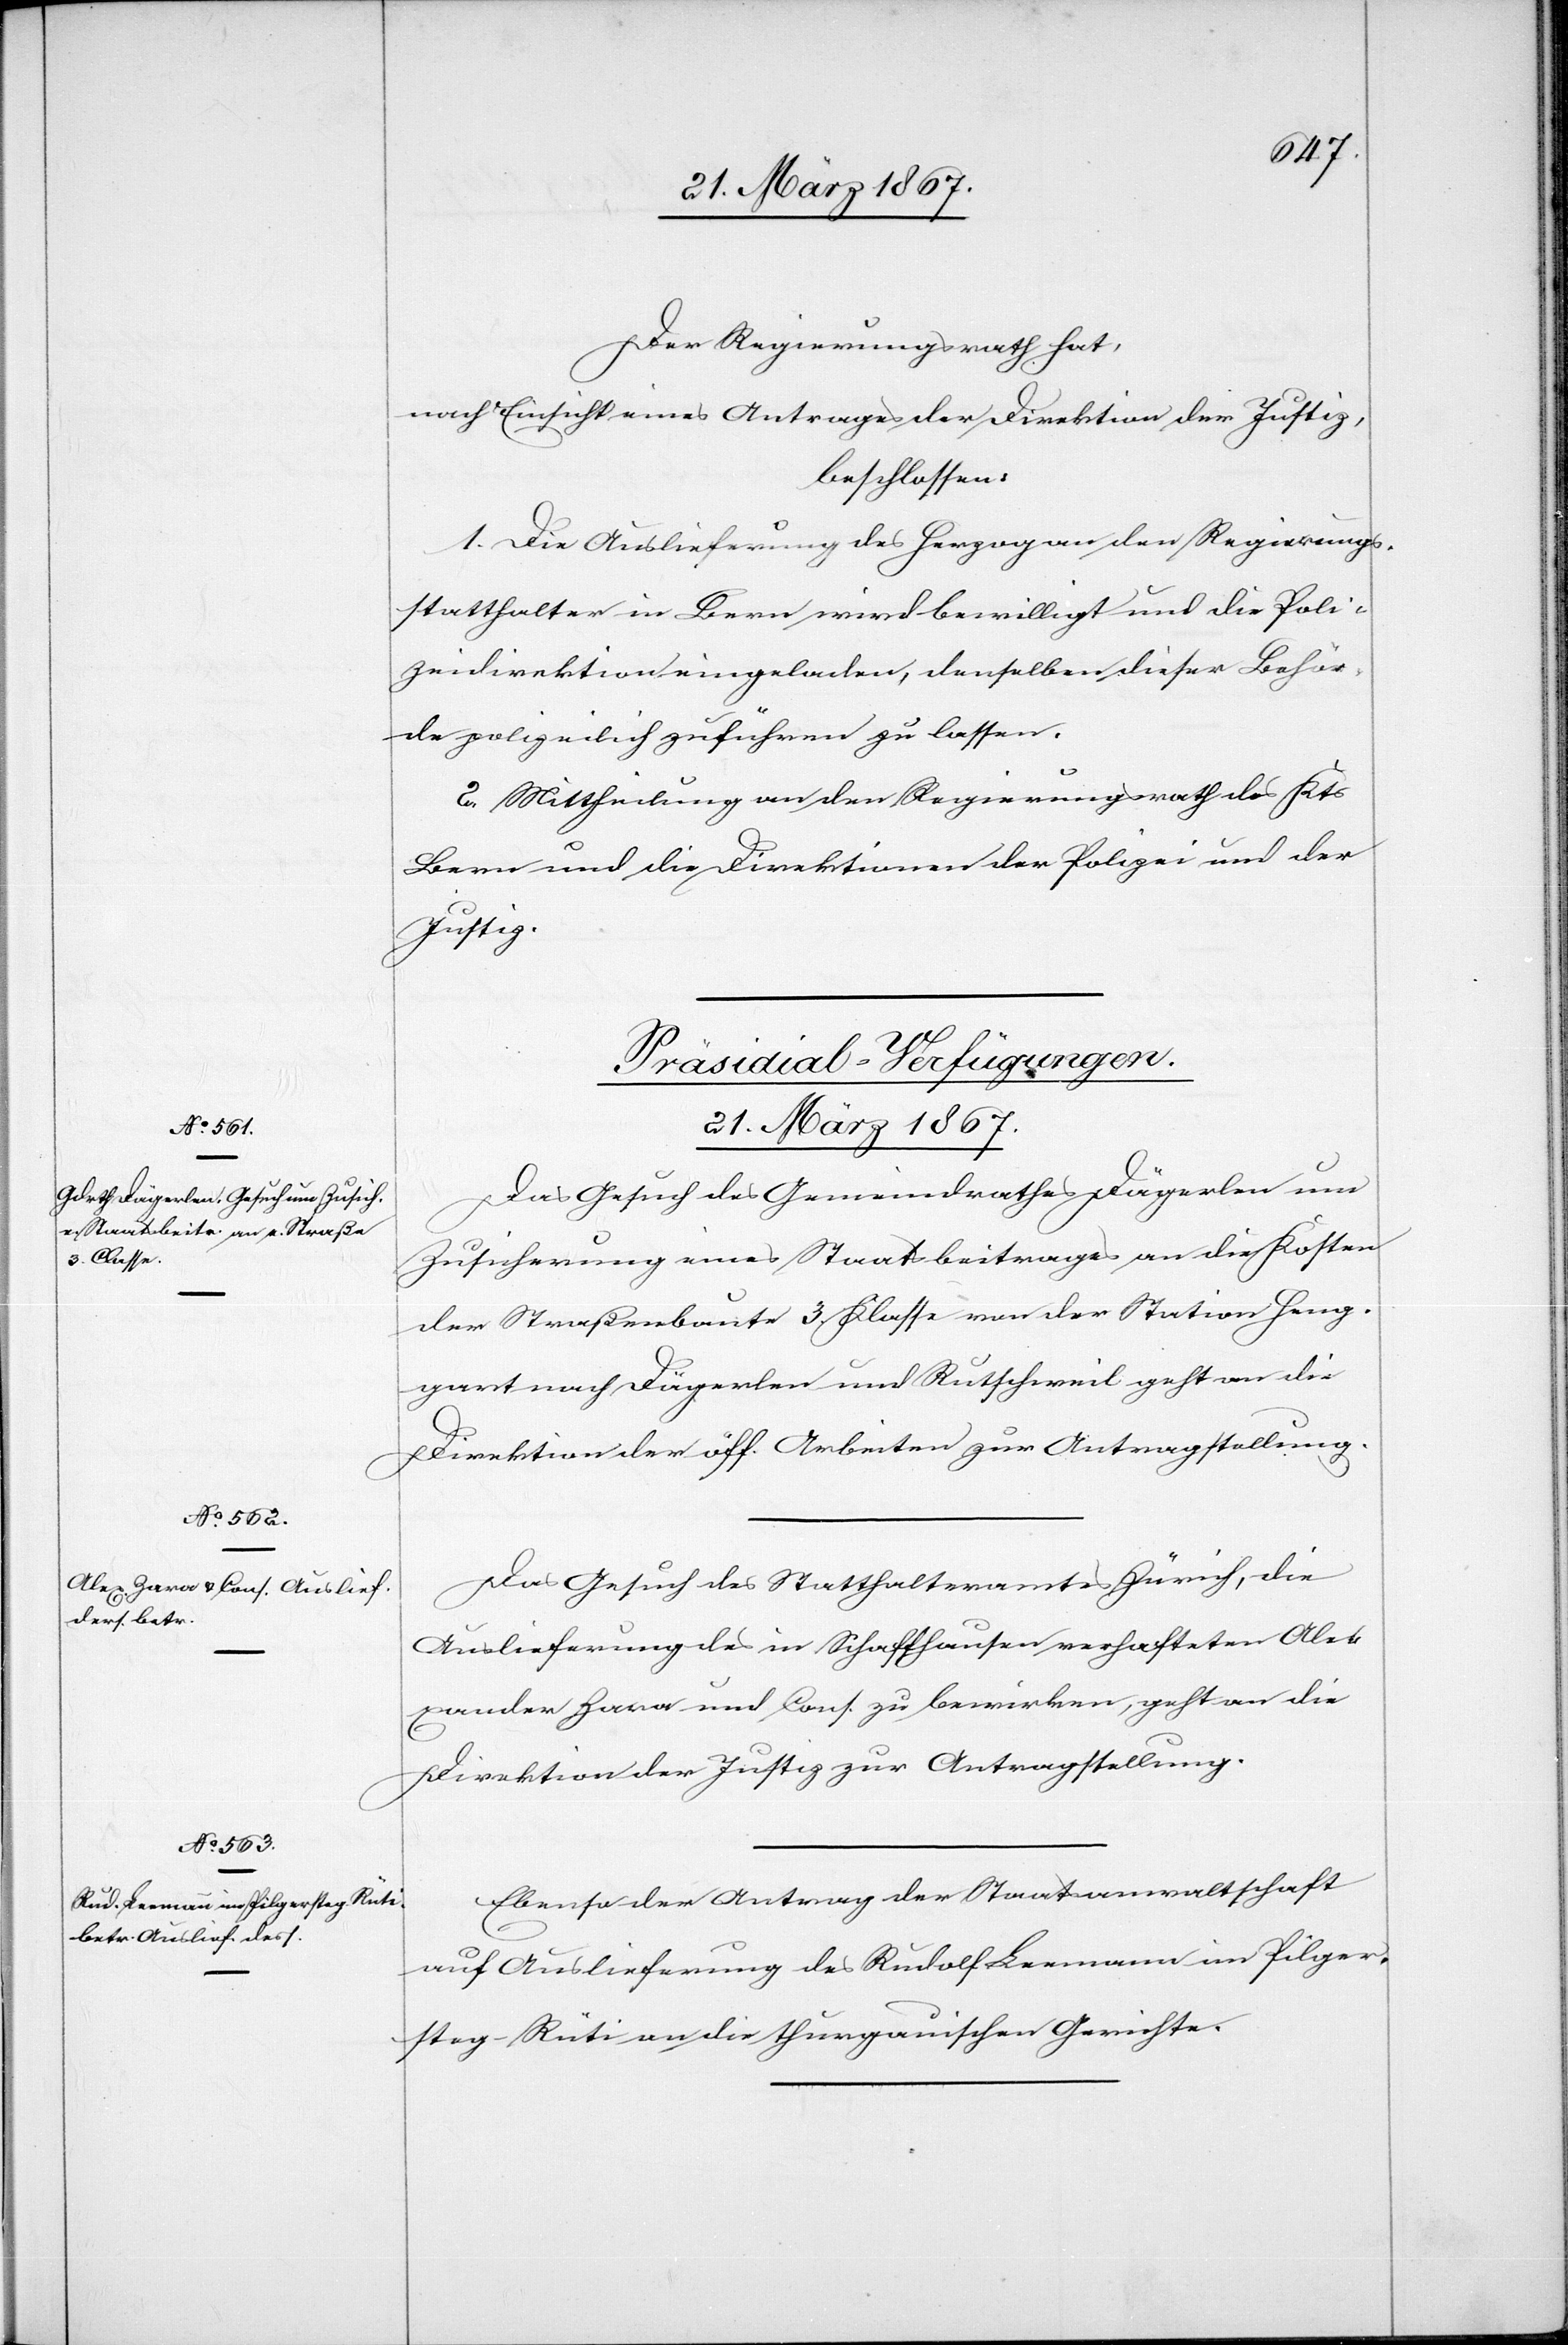
Der Regierungsrath hat,
nach Einsicht eines Antrages der Direktion der Justiz,
beschlossen:
1. Die Auslieferung des Herzog an den Regierungs¬
statthalter in Bern wird bewilligt und die Poli¬
zeidirektion eingeladen, denselben dieser Behör¬
de polizeilich zuführen zu lassen.
ander
2. Mittheilung an den Regierungsrath des Kts
Bern und die Direktionen der Polizei und der
Justiz.
[Präsidial-Verfügungen.
21. März 1867.]
Das Gesuch des Gemeindrathes Dägerlen um
Zusicherung eines Staatsbeitrages an die Kosten
der Straßenbaute 3. Klasse von der Station Heng¬
gart nach Dägerlen und Rutschweil geht an die
Direktion der öff. Arbeiten zur Antragstellung.
Das Gesuch des Statthalteramtes Zürich, die
Auslieferung des in Schaffhausen verhafteten Alex¬
[recte: Zora] und Cons. zu bewirken, geht an die
Direktion der Justiz zur Antragstellung.
Ebenso der Antrag der Staatsanwaltschaft
auf Auslieferung des Rudolf Leemann im Pilger¬
steg-Rüti an die thurgauischen Gerichte.